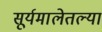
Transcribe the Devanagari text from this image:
सूर्यमालेतल्या